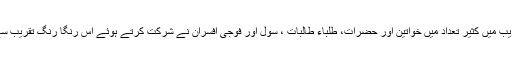
اس رنگارنگ تقریب میں کثیر تعداد میں خواتین اور حضرات، طلباء طالبات ، سول اور فوجی افسران نے شرکت کرتے ہوئے اس رنگا رنگ تقریب سے محظوظ ہوئے۔